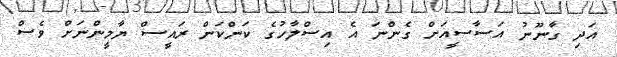
އަދި ގާނޫނު އަސާސީއަށް ގެންނަ އެ އިސްލާހުގެ ކަންކަން ރައީސް ޔާމީންނަށް ވެސް